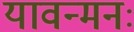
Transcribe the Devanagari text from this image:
यावन्मनः